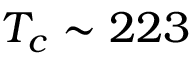
T _ { c } \sim 2 2 3